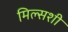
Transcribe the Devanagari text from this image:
मिल्सशी